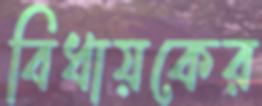
বিধায়কের